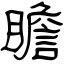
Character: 瞻